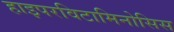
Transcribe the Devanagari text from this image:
हाइपरविटामिनोसिस